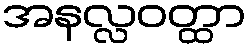
အနလ္လဝတ္ထာ